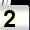
Digit: 2